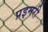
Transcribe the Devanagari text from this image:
प्रइमरी